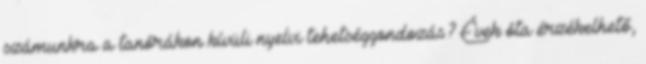
számunkra a tanórákon kívüli nyelvi tehetséggondozás? Évek óta érzékelhető,